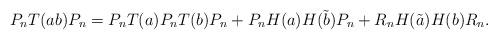
LaTeX: \begin{align*} P_n T(ab) P_n = P_n T(a) P_n T(b) P_n + P_n H(a)H(\tilde{b}) P_n + R_n H(\tilde{a})H(b) R_n.\end{align*}